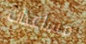
مساعدات